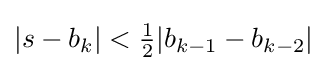
{\textstyle |s-b_{k}|<{\begin{matrix}{\frac {1}{2}}\end{matrix}}|b_{k-1}-b_{k-2}|}